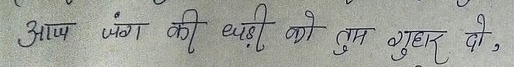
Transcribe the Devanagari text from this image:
आप जंग की घड़ी को तुम गुहार दो,